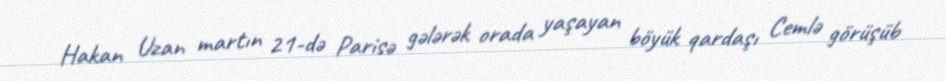
Hakan Uzan martın 21-də Parisə gələrək orada yaşayan böyük qardaşı Cemlə görüşüb